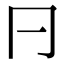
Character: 𠔼